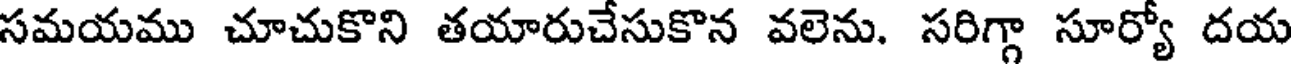
సమయము చూచుకొని తయారుచేసుకొన వలెను. సరిగ్గా సూర్యో దయ